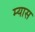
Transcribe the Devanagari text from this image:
म्यास